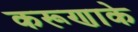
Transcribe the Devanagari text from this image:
करूणाके